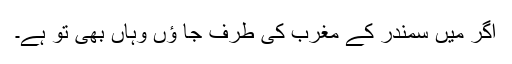
اگر میں سمندر کے مغرب کی طرف جا ؤں وہاں بھی تُو ہے۔